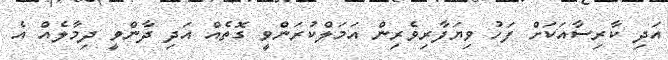
އަދި ކާރިސާއަކަށް ފަހު ވިޔަފާރިވެރިން އަމަލްކުރަންވީ ގޮތެއް އަދި ދާންވީ ދިމާލެއް އެ